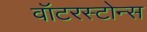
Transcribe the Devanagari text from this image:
वॉटरस्टोन्स